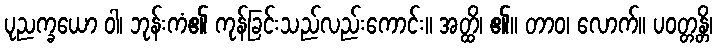
ပုညက္ခယော ဝါ၊ ဘုန်းကံ၏ ကုန်ခြင်းသည်လည်းကောင်း။ အတ္ထိ၊ ၏။ တာဝ၊ လောက်။ ပဝတ္တန္တိ၊